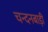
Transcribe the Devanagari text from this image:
चन्दनबाड़ी